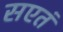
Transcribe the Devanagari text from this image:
सएतं